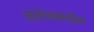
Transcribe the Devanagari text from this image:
स्रोतामधील